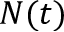
N ( t )